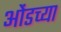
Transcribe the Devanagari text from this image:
ओंडच्या